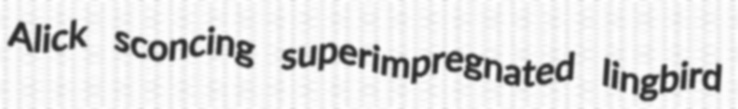
Alick sconcing superimpregnated lingbird